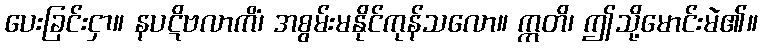
ပေးခြင်းငှာ။ နပဋိဗလာကိံ၊ အစွမ်းမနိုင်ကုန်သလော။ ဣတိ၊ ဤသို့မောင်းမဲ၏။